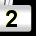
Digit: 2